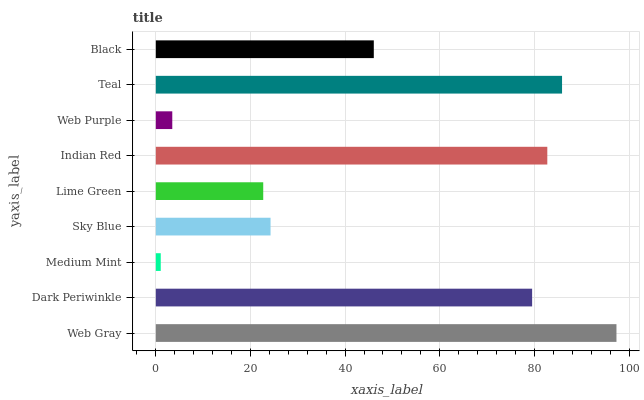
| yaxis_label | bars |
 | --- | --- |
 | Web Gray | 97.3 |
 | Dark Periwinkle | 79.5 |
 | Medium Mint | 1.04 |
 | Sky Blue | 24.2 |
 | Lime Green | 22.7 |
 | Indian Red | 82.7 |
 | Web Purple | 3.48 |
 | Teal | 85.8 |
 | Black | 46.1 |